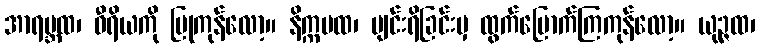
အာရမ္ဘထ၊ ဝီရိယကို ပြုကုန်လော့။ နိက္ကမထ၊ ပျင်းရိခြင်းမှ ထွက်မြောက်ကြကုန်လော့။ ယုဉ္ဇထ၊